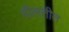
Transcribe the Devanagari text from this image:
दौलतीत